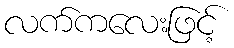
လက်ကလေးဖြင့်